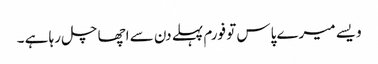
ویسے میرے پاس تو فورم پہلے دن سے اچھا چل رہا ہے ۔